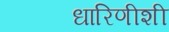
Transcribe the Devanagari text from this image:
धारिणीशी